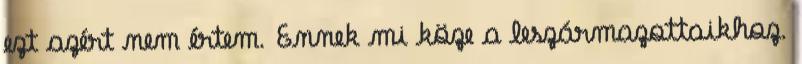
ezt azért nem értem. Ennek mi köze a leszármazottaikhoz.